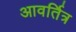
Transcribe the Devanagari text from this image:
आवर्तित्र